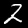
Label: 2